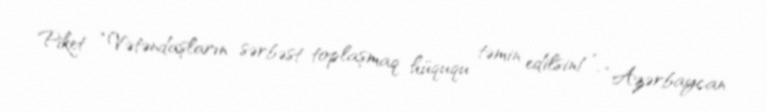
Piket “Vətəndaşların sərbəst toplaşmaq hüququ təmin edilsin!”, “Azərbaycan